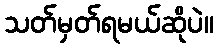
သတ်မှတ်ရမယ်ဆိုပဲ။